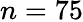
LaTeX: n=75